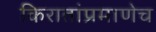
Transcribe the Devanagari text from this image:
किरातांप्रमाणेच